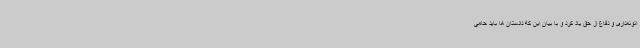
انونمداری و دفاع از حق یاد کرد و با بیان این که دادستان ها باید حامی